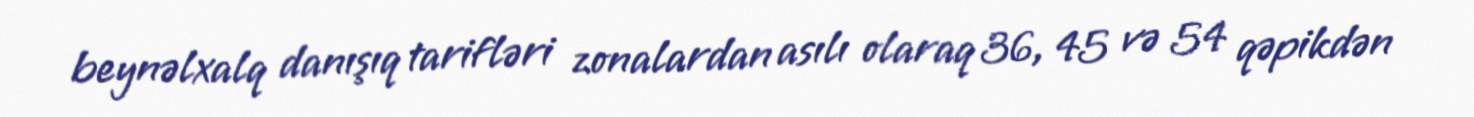
beynəlxalq danışıq tarifləri zonalardan asılı olaraq 36, 45 və 54 qəpikdən